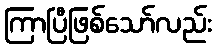
ကြာပြီဖြစ်သော်လည်း